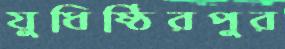
যুধিষ্ঠিরপুর